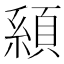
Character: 𩓇